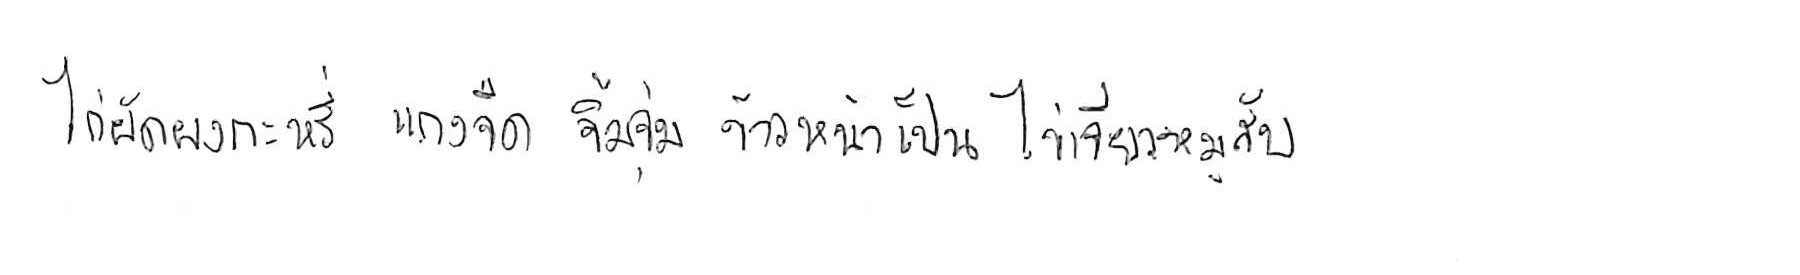
ไก่ผัดผงกะหรี่ แกงจืด จิ้มจุ่ม ข้าวหน้าเป็ด ไข่เจียวหมูสับ